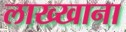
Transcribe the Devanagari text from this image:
लाख्खाना